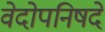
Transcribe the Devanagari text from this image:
वेदोपनिषदे